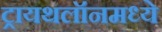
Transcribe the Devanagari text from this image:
ट्रायथलॉनमध्ये